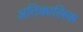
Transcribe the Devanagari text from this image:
अतिकालिक